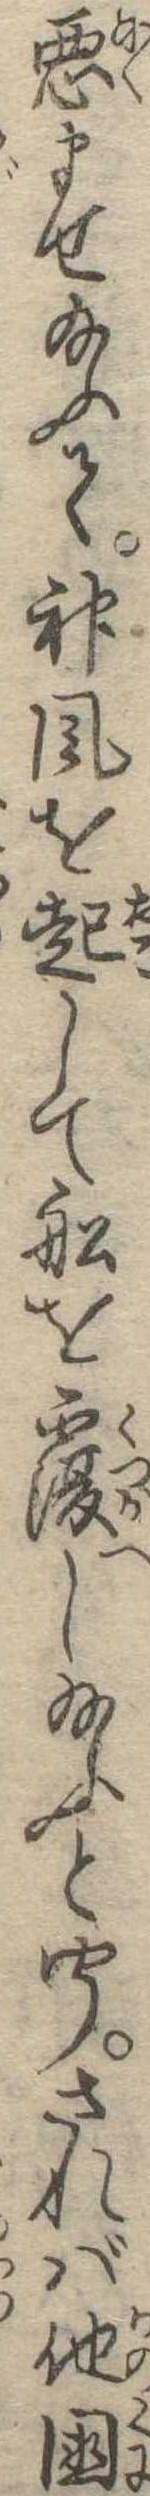
悪ませ給ふて神風を起して船を覆し給ふと聞されば他国